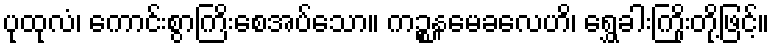
ပုထုလံ၊ ကောင်းစွာကြိးစေအပ်သော။ ကဉ္စနမေခလေဟိ၊ ရွှေခါးကြိုးတို့ဖြင့်။